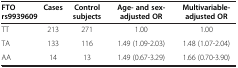
<table><thead><tr><td><b>FTO rs9939609</b></td><td><b>Cases</b></td><td><b>Control subjects</b></td><td><b>Age- and sex- adjusted OR</b></td><td><b>Multivariable-adjusted OR</b></td></tr></thead><tbody><tr><td>TT</td><td>213</td><td>271</td><td>1.00</td><td>1.00</td></tr><tr><td>TA</td><td>133</td><td>116</td><td>1.49 (1.09-2.03)</td><td>1.48 (1.07-2.04)</td></tr><tr><td>AA</td><td>14</td><td>13</td><td>1.49 (0.67-3.29)</td><td>1.66 (0.70-3.90)</td></tr></tbody></table>